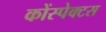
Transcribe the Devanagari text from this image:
कोंस्पेक्टस